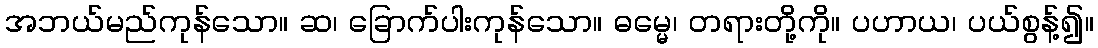
အဘယ်မည်ကုန်သော။ ဆ၊ ခြောက်ပါးကုန်သော။ ဓမ္မေ၊ တရားတို့ကို။ ပဟာယ၊ ပယ်စွန့်၍။